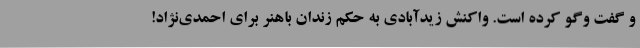
و گفت وگو کرده است. واکنش زیدآبادی به حکم زندان باهنر برای احمدی‌نژاد!